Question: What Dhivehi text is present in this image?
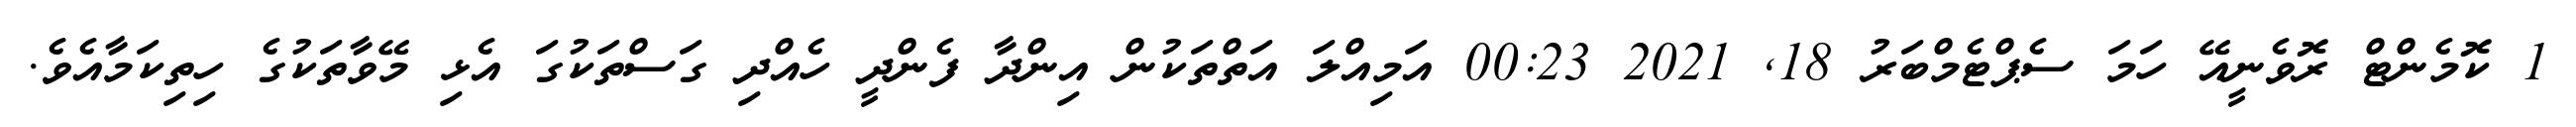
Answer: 1 ކޮމެންޓް ރޮވެނީއޭ ހަމަ ސެޕްޓެމްބަރު 18, 2021 00:23 އަމިއްލަ އަތްތަކުން އިންދާ ފެންދީ ހެއްދި ގަސްތަކުގަ އެޅި މޭވާތަކުގެ ހިތިކަމާއެވެ.